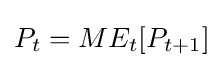
P_{t}=ME_{t}[P_{t+1}]